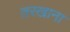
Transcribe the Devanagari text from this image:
तरखाना